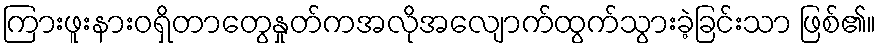
ကြားဖူးနားဝရှိတာတွေနှုတ်ကအလိုအလျောက်ထွက်သွားခဲ့ခြင်းသာ ဖြစ်၏။